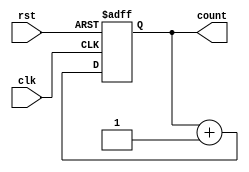
`timescale 1ns / 1ps
module async_counter(clk,rst,count);
input clk,rst;
output reg [31:0]count;
always @(posedge clk or posedge rst)
begin
	if(rst)
		count = 32'b0;
	else
		count = count+1;
end
endmodule